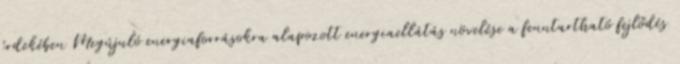
érdekében Megújuló energiaforrásokra alapozott energiaellátás növelése a fenntartható fejlődés